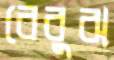
বেবুঝ